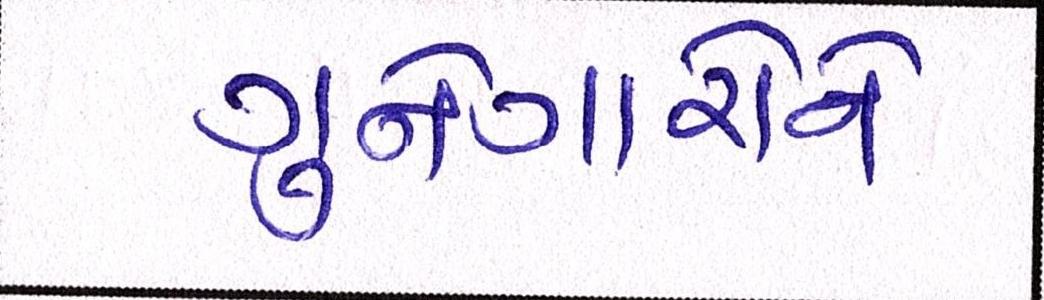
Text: ગુનેગારોને